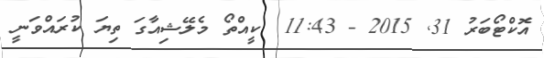
އޮކްޓޯބަރު 31